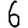
Digit: 6